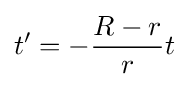
t'=-{\frac {R-r}{r}}t